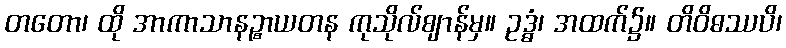
တတော၊ ထို အာကာသာနဉ္စာယတန ကုသိုလ်ဈာန်မှ။ ဥဒ္ဓံ၊ အထက်၌။ တိဝိဓဿပိ၊